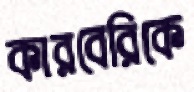
কারবেরিকে